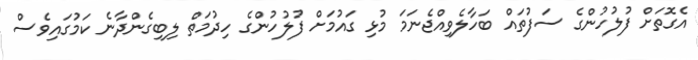
އެގޮތަށް ފުލުހުންގެ ސަފުތައް ބަހާލެވިއްޖެނަމަ މުޅި ގައުމަށް ފުލުހުންގެ ހިދުމަތް ލިބިގެންދާނެ ކަމުގައިވެސް